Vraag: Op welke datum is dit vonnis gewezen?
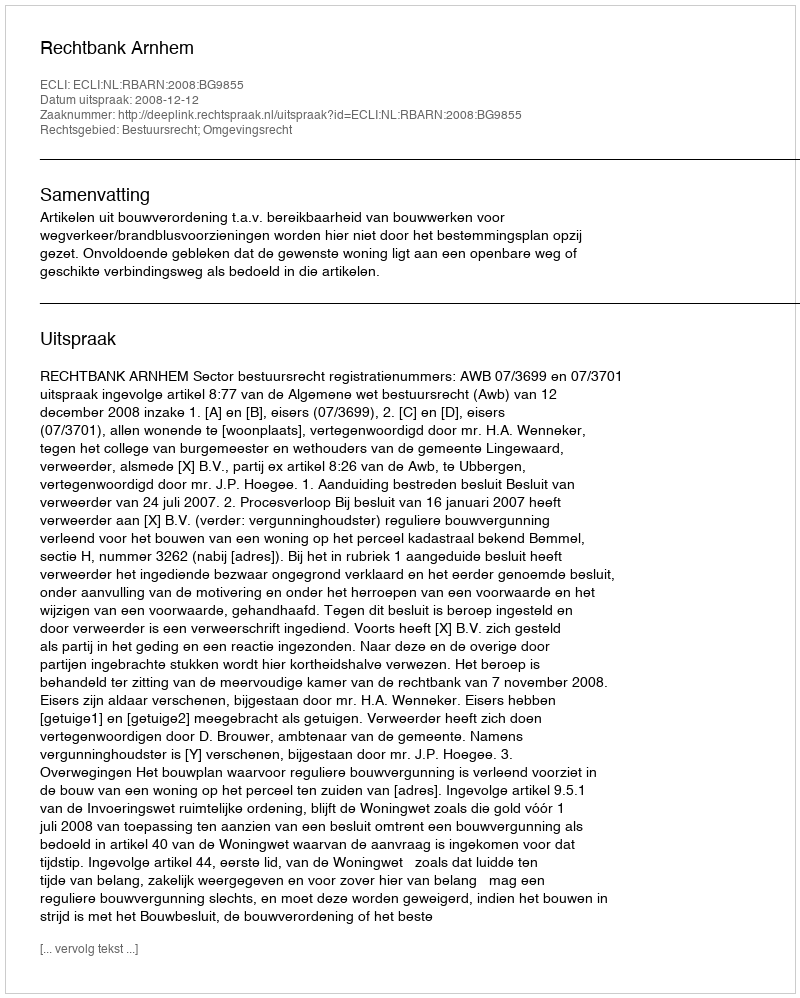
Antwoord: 2008-12-12